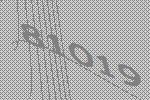
81019